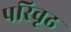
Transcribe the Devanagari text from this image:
परिवृढ